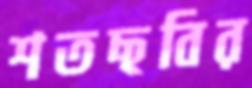
শতছবির